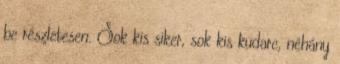
be részletesen. Sok kis siker, sok kis kudarc, néhány